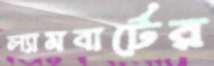
ল্যামবার্টের